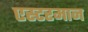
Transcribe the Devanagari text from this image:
एस्टरमान